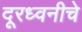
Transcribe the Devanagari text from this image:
दूरध्वनीचे